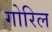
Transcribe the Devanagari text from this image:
गोरिल